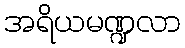
အရိယမဏ္ဍလာ